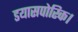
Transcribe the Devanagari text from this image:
डयासपोरिक।